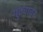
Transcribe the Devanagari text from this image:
गुंठ्यावर